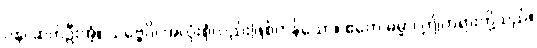
ပန၊ ဆက်ဦးအံ့။ သဗ္ဗေပိ၊ အလုံးစုံလည်းဖြစ်ကုန်သော။ ဧတေ ဓမ္မာ၊ ဤတရားတို့သည်။